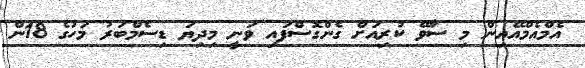
އެމްއެމްއޭއިން މި ސާވޭ ކުރިއަށް ގެންގޮސްފައި ވަނީ މިދިޔަ ޑިސެމްބަރު މަހުގެ 18ން